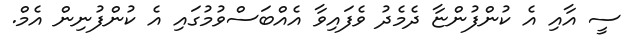
ސީ އާއި އެ ކުންފުންޏާ ދެމެދު ވެފައިވާ އެއްބަސްވުމުގައި އެ ކުންފުނިން އެމް.